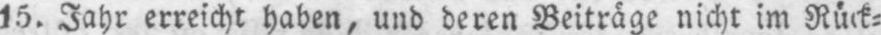
15. Jahr erreicht haben, und deren Beiträge nicht im Rück⸗